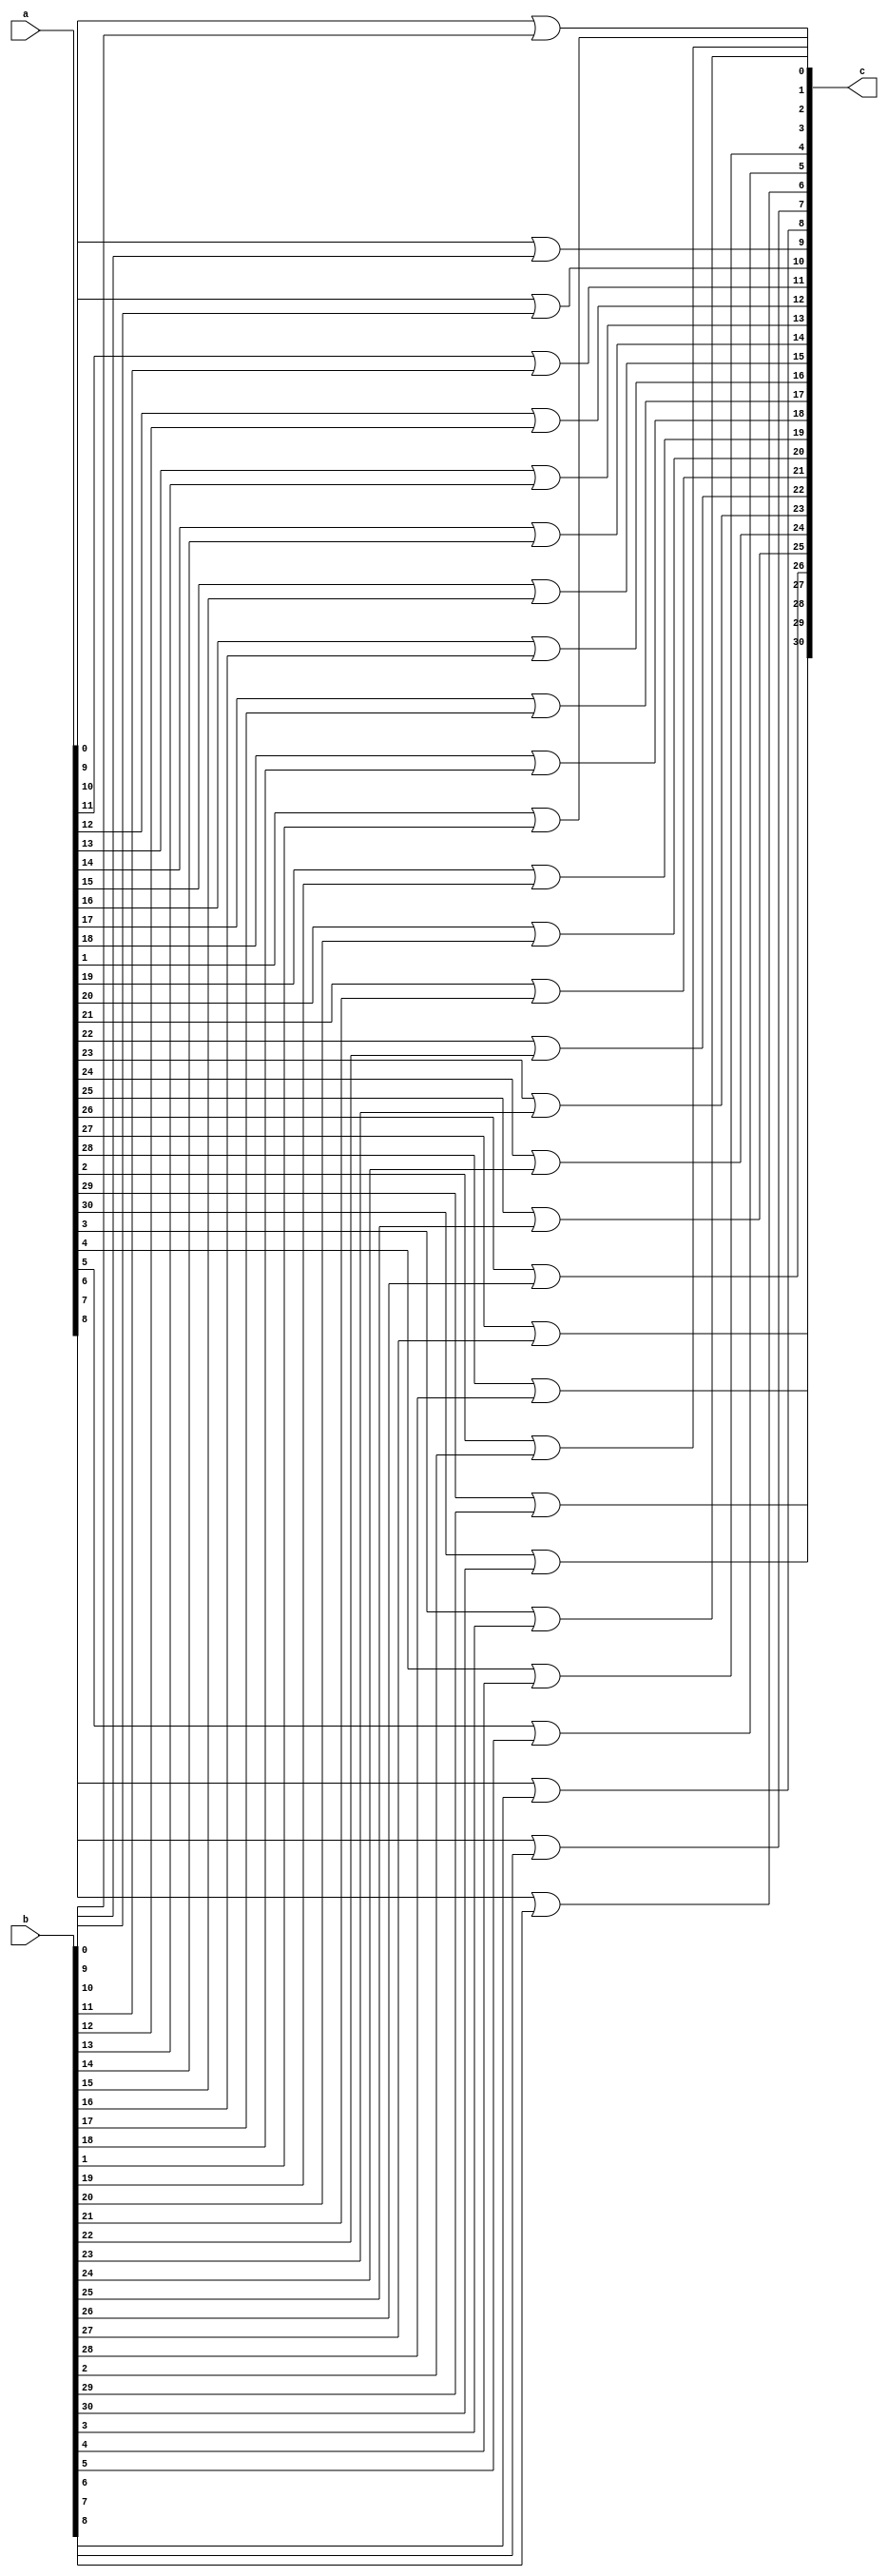
 module or32 (a,b,c);
	input wire [31:0]a,b;
	output wire [31:0]c;
	genvar i;
	
	generate
		for (i = 0; i < 31; i = i + 1) begin : loop
			assign c[i] = ((a[i])|(b[i]));
		end
	endgenerate
	
endmodule